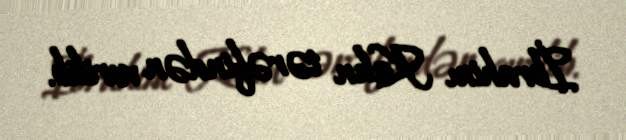
İbrahim Kalın tərəfindən verilib.